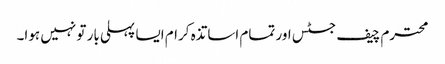
محترم چیف جسٹس اور تمام اساتذہ کرام ایسا پہلی بار تو نہیں ہوا۔